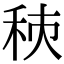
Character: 𥞗